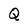
Character: Q